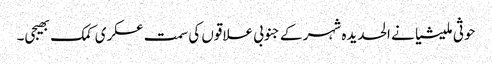
حوثی ملیشیا نے الحدیدہ شہر کے جنوبی علاقوں کی سمت عسکری کمک بھیجی۔